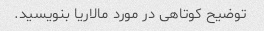
توضیح کوتاهی در مورد مالاریا بنویسید.